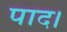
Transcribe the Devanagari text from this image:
पाद।